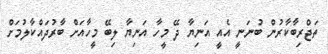
ތަޖްރިބާކާރުން ބުނަނީ އެއީ އަނިޔާ ދޭ މީހާ އަނިޔާ ލިބޭ މީހާއަށް ބާރުދައްކާލުމަށް